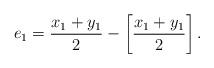
LaTeX: \begin{align*}e_1={x_1+y_1\over 2}-\left[{x_1+y_1\over 2}\right].\end{align*}